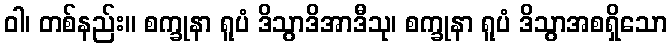
ဝါ၊ တစ်နည်း။ စက္ခုနာ ရူပံ ဒိသွာဒိအာဒီသု၊ စက္ခုနာ ရူပံ ဒိသွာအစရှိသော